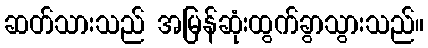
ဆတ်သားသည် အမြန်ဆုံးထွက်ခွာသွားသည်။